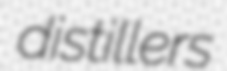
distillers